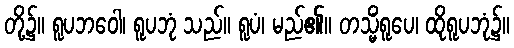
တို့၌။ ရူပဘဝေါ၊ ရူပဘုံ သည်။ ရူပံ၊ မည်၏။ တသ္မိံရူပေ၊ ထိုရူပဘုံ၌။